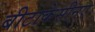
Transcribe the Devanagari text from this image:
बीटाकेसीनए